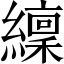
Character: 𫄊